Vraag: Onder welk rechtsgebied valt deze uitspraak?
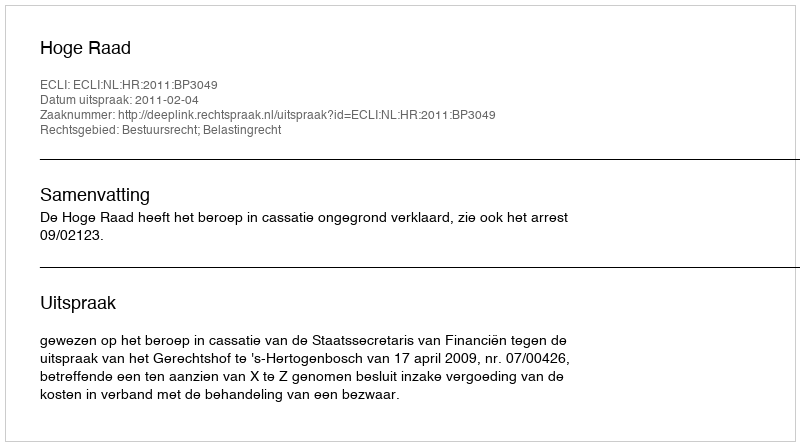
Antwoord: Bestuursrecht; Belastingrecht